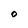
Character: O